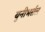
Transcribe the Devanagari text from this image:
युनीभर्सल